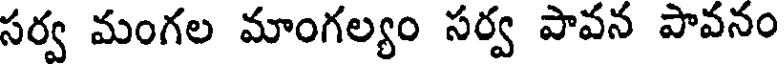
సర్వ మంగల మాంగల్యం సర్వ పావన పావనం